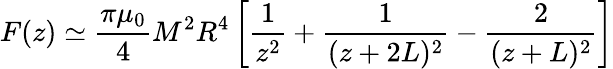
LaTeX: F(z)\simeq{\frac{\pi\mu_{0}}{4}}M^{2}R^{4}\left[{\frac{1}{z^{2}}}+{\frac{1}{(z+2L)^{2}}}-{\frac{2}{(z+L)^{2}}}\right]